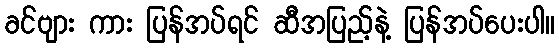
ခင်ဗျား ကား ပြန်အပ်ရင် ဆီအပြည့်နဲ့ ပြန်အပ်ပေးပါ။